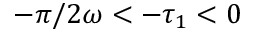
- \pi / 2 \omega < - \tau _ { 1 } < 0